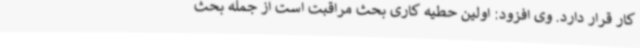
کار قرار دارد. وی افزود: اولین حطیه کاری بحث مراقبت است از جمله بحث